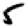
Digit: 5